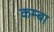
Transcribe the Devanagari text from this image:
कम्बा